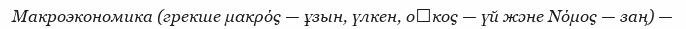
Макроэкономика (грекше μακρός — ұзын, үлкен, οἶκος — үй және Nόμος — заң) —